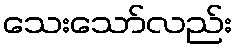
သေးသော်လည်း